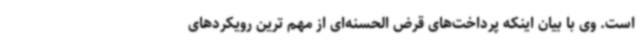
است. وی با بیان اینکه پرداخت‌های قرض الحسنه‌ای از مهم ترین رویکردهای